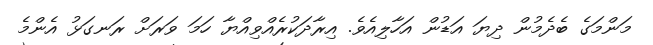
މަންމަގެ ބެދެމުން ދިޔަ އަޑުން އަހާލިއެވެ. އިރާދަކުރެއްވިއްޔާ ހަމަ ވަރަށް ރަނގަޅު އެންމެ